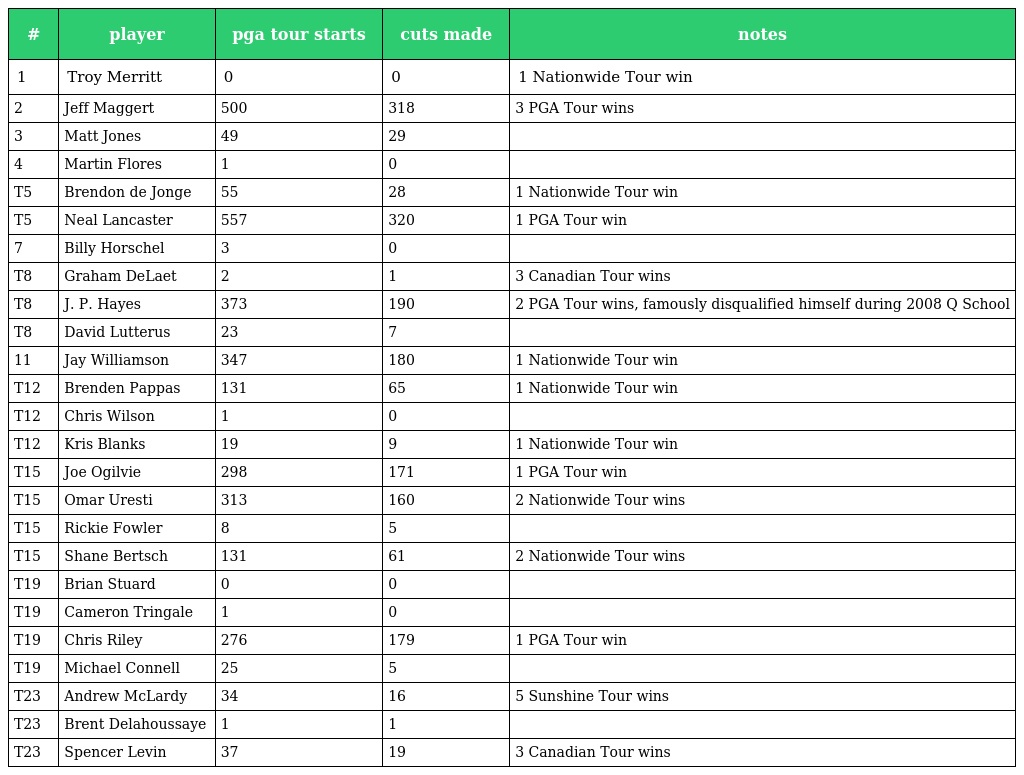
| # | player | pga tour starts | cuts made | notes |
 | --- | --- | --- | --- | --- |
 | 1 | Troy Merritt | 0 | 0 | 1 Nationwide Tour win |
 | 2 | Jeff Maggert | 500 | 318 | 3 PGA Tour wins |
 | 3 | Matt Jones | 49 | 29 |  |
 | 4 | Martin Flores | 1 | 0 |  |
 | T5 | Brendon de Jonge | 55 | 28 | 1 Nationwide Tour win |
 | T5 | Neal Lancaster | 557 | 320 | 1 PGA Tour win |
 | 7 | Billy Horschel | 3 | 0 |  |
 | T8 | Graham DeLaet | 2 | 1 | 3 Canadian Tour wins |
 | T8 | J. P. Hayes | 373 | 190 | 2 PGA Tour wins, famously disqualified himself during 2008 Q School |
 | T8 | David Lutterus | 23 | 7 |  |
 | 11 | Jay Williamson | 347 | 180 | 1 Nationwide Tour win |
 | T12 | Brenden Pappas | 131 | 65 | 1 Nationwide Tour win |
 | T12 | Chris Wilson | 1 | 0 |  |
 | T12 | Kris Blanks | 19 | 9 | 1 Nationwide Tour win |
 | T15 | Joe Ogilvie | 298 | 171 | 1 PGA Tour win |
 | T15 | Omar Uresti | 313 | 160 | 2 Nationwide Tour wins |
 | T15 | Rickie Fowler | 8 | 5 |  |
 | T15 | Shane Bertsch | 131 | 61 | 2 Nationwide Tour wins |
 | T19 | Brian Stuard | 0 | 0 |  |
 | T19 | Cameron Tringale | 1 | 0 |  |
 | T19 | Chris Riley | 276 | 179 | 1 PGA Tour win |
 | T19 | Michael Connell | 25 | 5 |  |
 | T23 | Andrew McLardy | 34 | 16 | 5 Sunshine Tour wins |
 | T23 | Brent Delahoussaye | 1 | 1 |  |
 | T23 | Spencer Levin | 37 | 19 | 3 Canadian Tour wins |